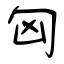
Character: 匈